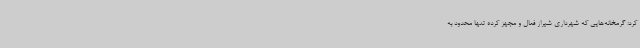
کرد: گرمخانه‌هایی که شهرداری شیراز فعال و مجهز کرده تنها محدود به